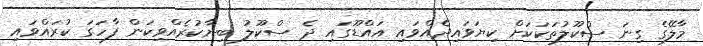
މާލޭގެ ގިނަ ސްކޫލުތަކަކަށް ކިޔަވައިދެއްވައި އައްޑޫގައި ދެ ސްކޫލު ބިނާކުރެއްވިކަން ފާހަގަ ކުރައްވައި